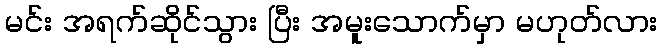
မင်း အရက်ဆိုင်သွား ပြီး အမူးသောက်မှာ မဟုတ်လား